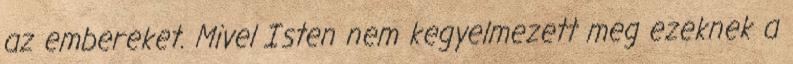
az embereket. Mivel Isten nem kegyelmezett meg ezeknek a